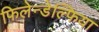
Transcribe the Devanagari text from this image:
फिलेन्डेल्फिया